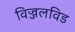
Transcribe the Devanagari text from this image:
विज्जलविड